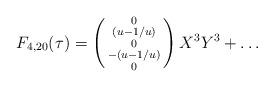
LaTeX: \begin{align*}F_{4,20}(\tau)=\left(\begin{smallmatrix}0\\(u-1/u)\\0\\-(u-1/u)\\0\end{smallmatrix}\right)X^3Y^3+\ldots\end{align*}